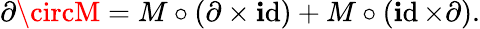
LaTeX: \partial\circM=M\circ(\partial\times\operatorname{\mathbf{i}d})+M\circ(\operatorname{\mathbf{i}d}\times\partial).